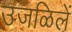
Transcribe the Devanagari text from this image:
उजळिलें